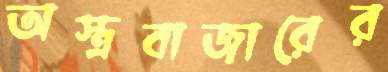
অস্ত্রবাজারের